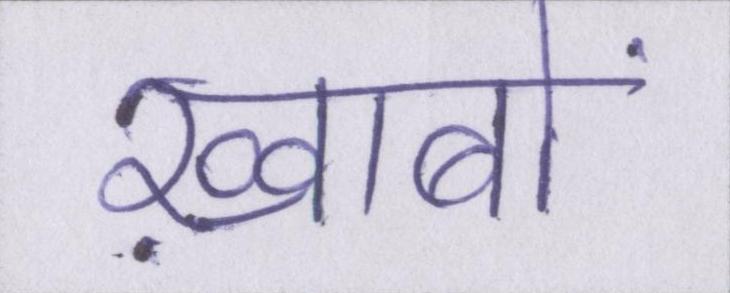
ख़्वाबों